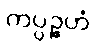
ကပ္ပဉ္ဇဟံ